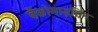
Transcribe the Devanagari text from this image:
वैंकोमाइसिन